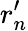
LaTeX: r_{n}^{\prime}